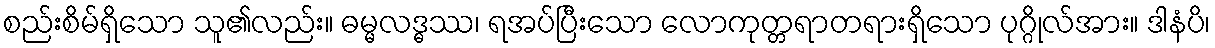
စည်းစိမ်ရှိသော သူ၏လည်း။ ဓမ္မလဒ္ဓဿ၊ ရအပ်ပြီးသော လောကုတ္တရာတရားရှိသော ပုဂ္ဂိုလ်အား။ ဒါနံပိ၊